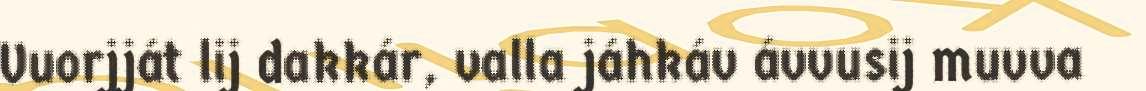
Vuorjját lij dakkár, valla jáhkáv ávvusij muvva